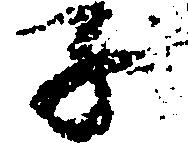
子